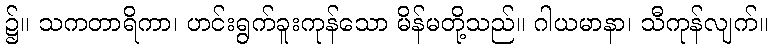
၌။ သကတာရိကာ၊ ဟင်းရွက်ခူးကုန်သော မိန်မတို့သည်။ ဂါယမာနာ၊ သီကုန်လျက်။